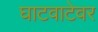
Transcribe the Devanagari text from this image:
घाटवाटेवर